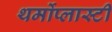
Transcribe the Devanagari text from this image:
थर्मोप्लास्टी